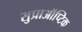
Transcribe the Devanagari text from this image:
सुप्राऑप्टिक